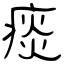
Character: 痰